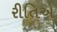
રીતિએ